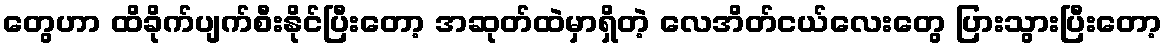
တွေဟာ ထိခိုက်ပျက်စီးနိုင်ပြီးတော့ အဆုတ်ထဲမှာရှိတဲ့ လေအိတ်ငယ်လေးတွေ ပြားသွားပြီးတော့